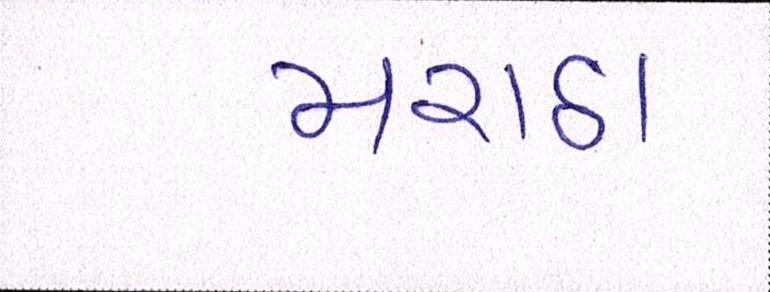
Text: મરાઠા